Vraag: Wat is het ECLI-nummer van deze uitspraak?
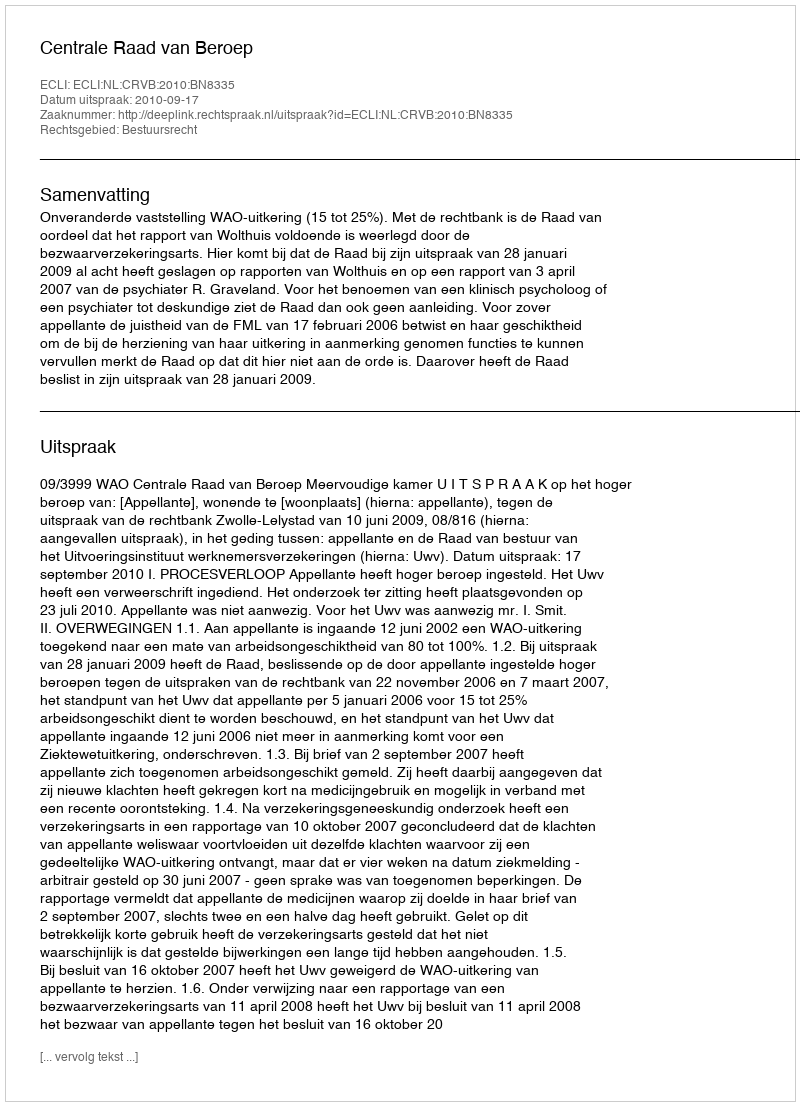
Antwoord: ECLI:NL:CRVB:2010:BN8335